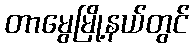
တာမွေမြို့နယ်တွင်